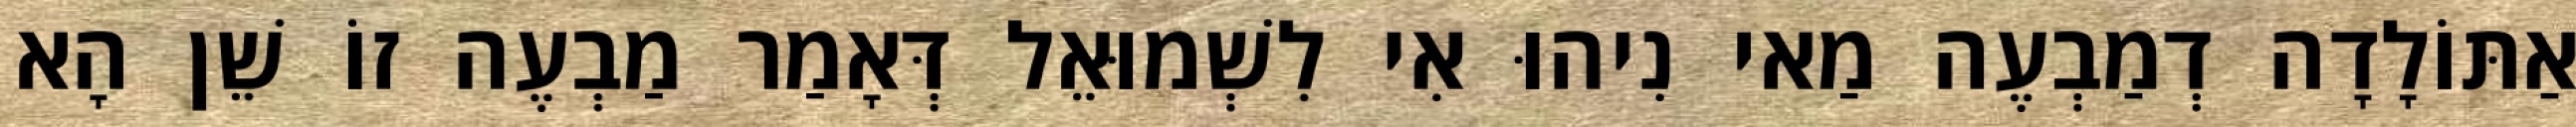
אַתּוֹלָדָה דְמַבְעֶה מַאי נִיהוּ אִי לִשְׁמוּאֵל דְּאָמַר מַבְעֶה זוֹ שֵׁן הָא